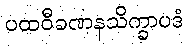
ပထဝီခဏနသိက္ခာပဒံ